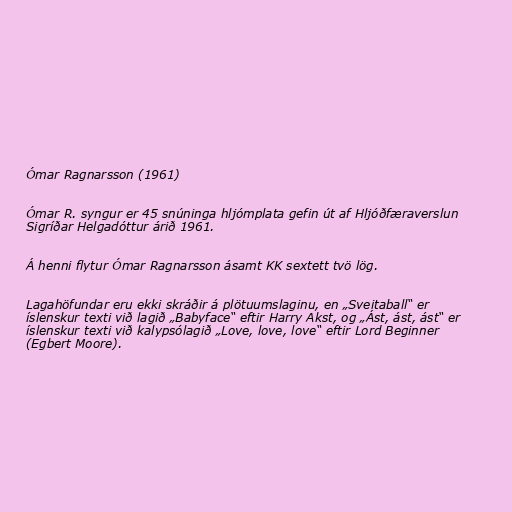
Ómar Ragnarsson (1961)

Ómar R. syngur er 45 snúninga hljómplata gefin út af Hljóðfæraverslun
Sigríðar Helgadóttur árið 1961.

Á henni flytur Ómar Ragnarsson ásamt KK sextett tvö lög.

Lagahöfundar eru ekki skráðir á plötuumslaginu, en „Sveitaball“ er
íslenskur texti við lagið „Babyface“ eftir Harry Akst, og „Ást, ást, ást“ er
íslenskur texti við kalypsólagið „Love, love, love“ eftir Lord Beginner
(Egbert Moore).